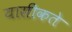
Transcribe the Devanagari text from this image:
यासीकते